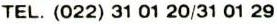
TEL. (022) 31 01 20/31 01 29